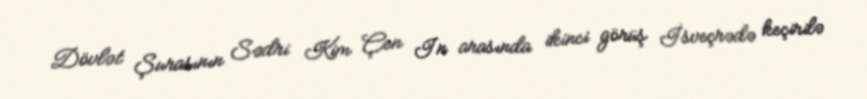
Dövlət Şurasının Sədri Kim Çen In arasında ikinci görüş İsveçrədə keçirilə